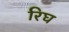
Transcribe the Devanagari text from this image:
रिघ